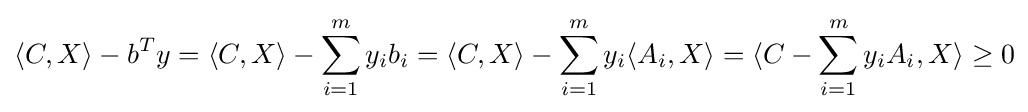
\langle C,X\rangle -b^{T}y=\langle C,X\rangle -\sum _{i=1}^{m}y_{i}b_{i}=\langle C,X\rangle -\sum _{i=1}^{m}y_{i}\langle A_{i},X\rangle =\langle C-\sum _{i=1}^{m}y_{i}A_{i},X\rangle \geq 0